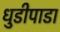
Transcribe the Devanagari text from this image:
धुडीपाडा